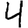
Digit: 4